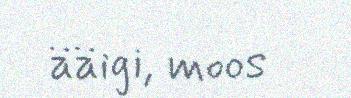
ääigi, moos